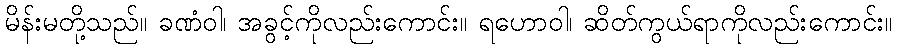
မိန်းမတို့သည်။ ခဏံဝါ၊ အခွင့်ကိုလည်းကောင်း။ ရဟောဝါ၊ ဆိတ်ကွယ်ရာကိုလည်းကောင်း။